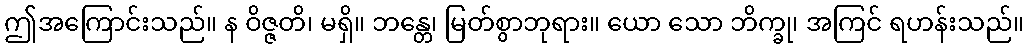
ဤအကြောင်းသည်။ န ဝိဇ္ဇတိ၊ မရှိ။ ဘန္တေ၊ မြတ်စွာဘုရား။ ယော သော ဘိက္ခု၊ အကြင် ရဟန်းသည်။